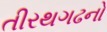
તીરથગઢનો